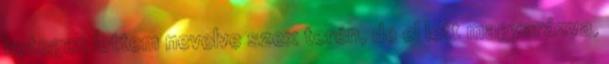
betegen lettem nevelve szex terén, de el lett magyarázva,